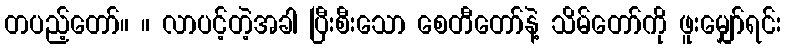
တပည့်တော်။ ။ လာပင့်တဲ့အခါ ပြီးစီးသော စေတီတော်နဲ့ သိမ်တော်ကို ဖူးမျှော်ရင်း